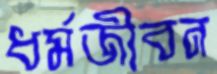
ধর্মজীবন